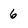
Character: 6